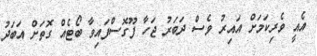
އެއީ ވެރިކަމަށް އައިރު ވެސް ދަބަރު ޖަހާ ފޫގޮސްފައިވާ ބޯޓެއް ގޮތަށް އަބަދު